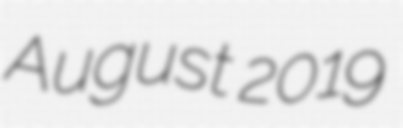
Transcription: August 2019